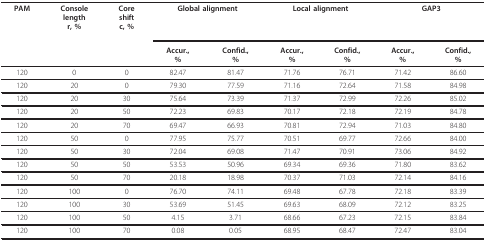
| PAM | Consolelengthr, % | Coreshiftc, % | <COLSPAN=2> Global alignment | <COLSPAN=2> Local alignment | <COLSPAN=2> GAP3 |
 |  |  |  | Accur.,% | Confid.,% | Accur.,% | Confid.,% | Accur.,% | Confid.,% |
 | --- | --- | --- | --- | --- | --- | --- | --- | --- |
 | 120 | 0 | 0 | 82.47 | 81.47 | 71.76 | 76.71 | 71.42 | 86.60 |
 | 120 | 20 | 0 | 79.30 | 77.59 | 71.16 | 72.64 | 71.58 | 84.98 |
 | 120 | 20 | 30 | 75.64 | 73.39 | 71.37 | 72.99 | 72.26 | 85.02 |
 | 120 | 20 | 50 | 72.23 | 69.83 | 70.17 | 72.18 | 72.19 | 84.78 |
 | 120 | 20 | 70 | 69.47 | 66.93 | 70.81 | 72.94 | 71.03 | 84.80 |
 | 120 | 50 | 0 | 77.95 | 75.77 | 70.51 | 69.77 | 72.66 | 84.00 |
 | 120 | 50 | 30 | 72.04 | 69.08 | 71.47 | 70.91 | 73.06 | 84.92 |
 | 120 | 50 | 50 | 53.53 | 50.96 | 69.34 | 69.36 | 71.80 | 83.62 |
 | 120 | 50 | 70 | 20.18 | 18.98 | 70.37 | 71.03 | 72.14 | 84.16 |
 | 120 | 100 | 0 | 76.70 | 74.11 | 69.48 | 67.78 | 72.18 | 83.39 |
 | 120 | 100 | 30 | 53.69 | 51.45 | 69.63 | 68.09 | 72.12 | 83.25 |
 | 120 | 100 | 50 | 4.15 | 3.71 | 68.66 | 67.23 | 72.15 | 83.84 |
 | 120 | 100 | 70 | 0.08 | 0.05 | 68.95 | 68.47 | 72.47 | 83.04 |